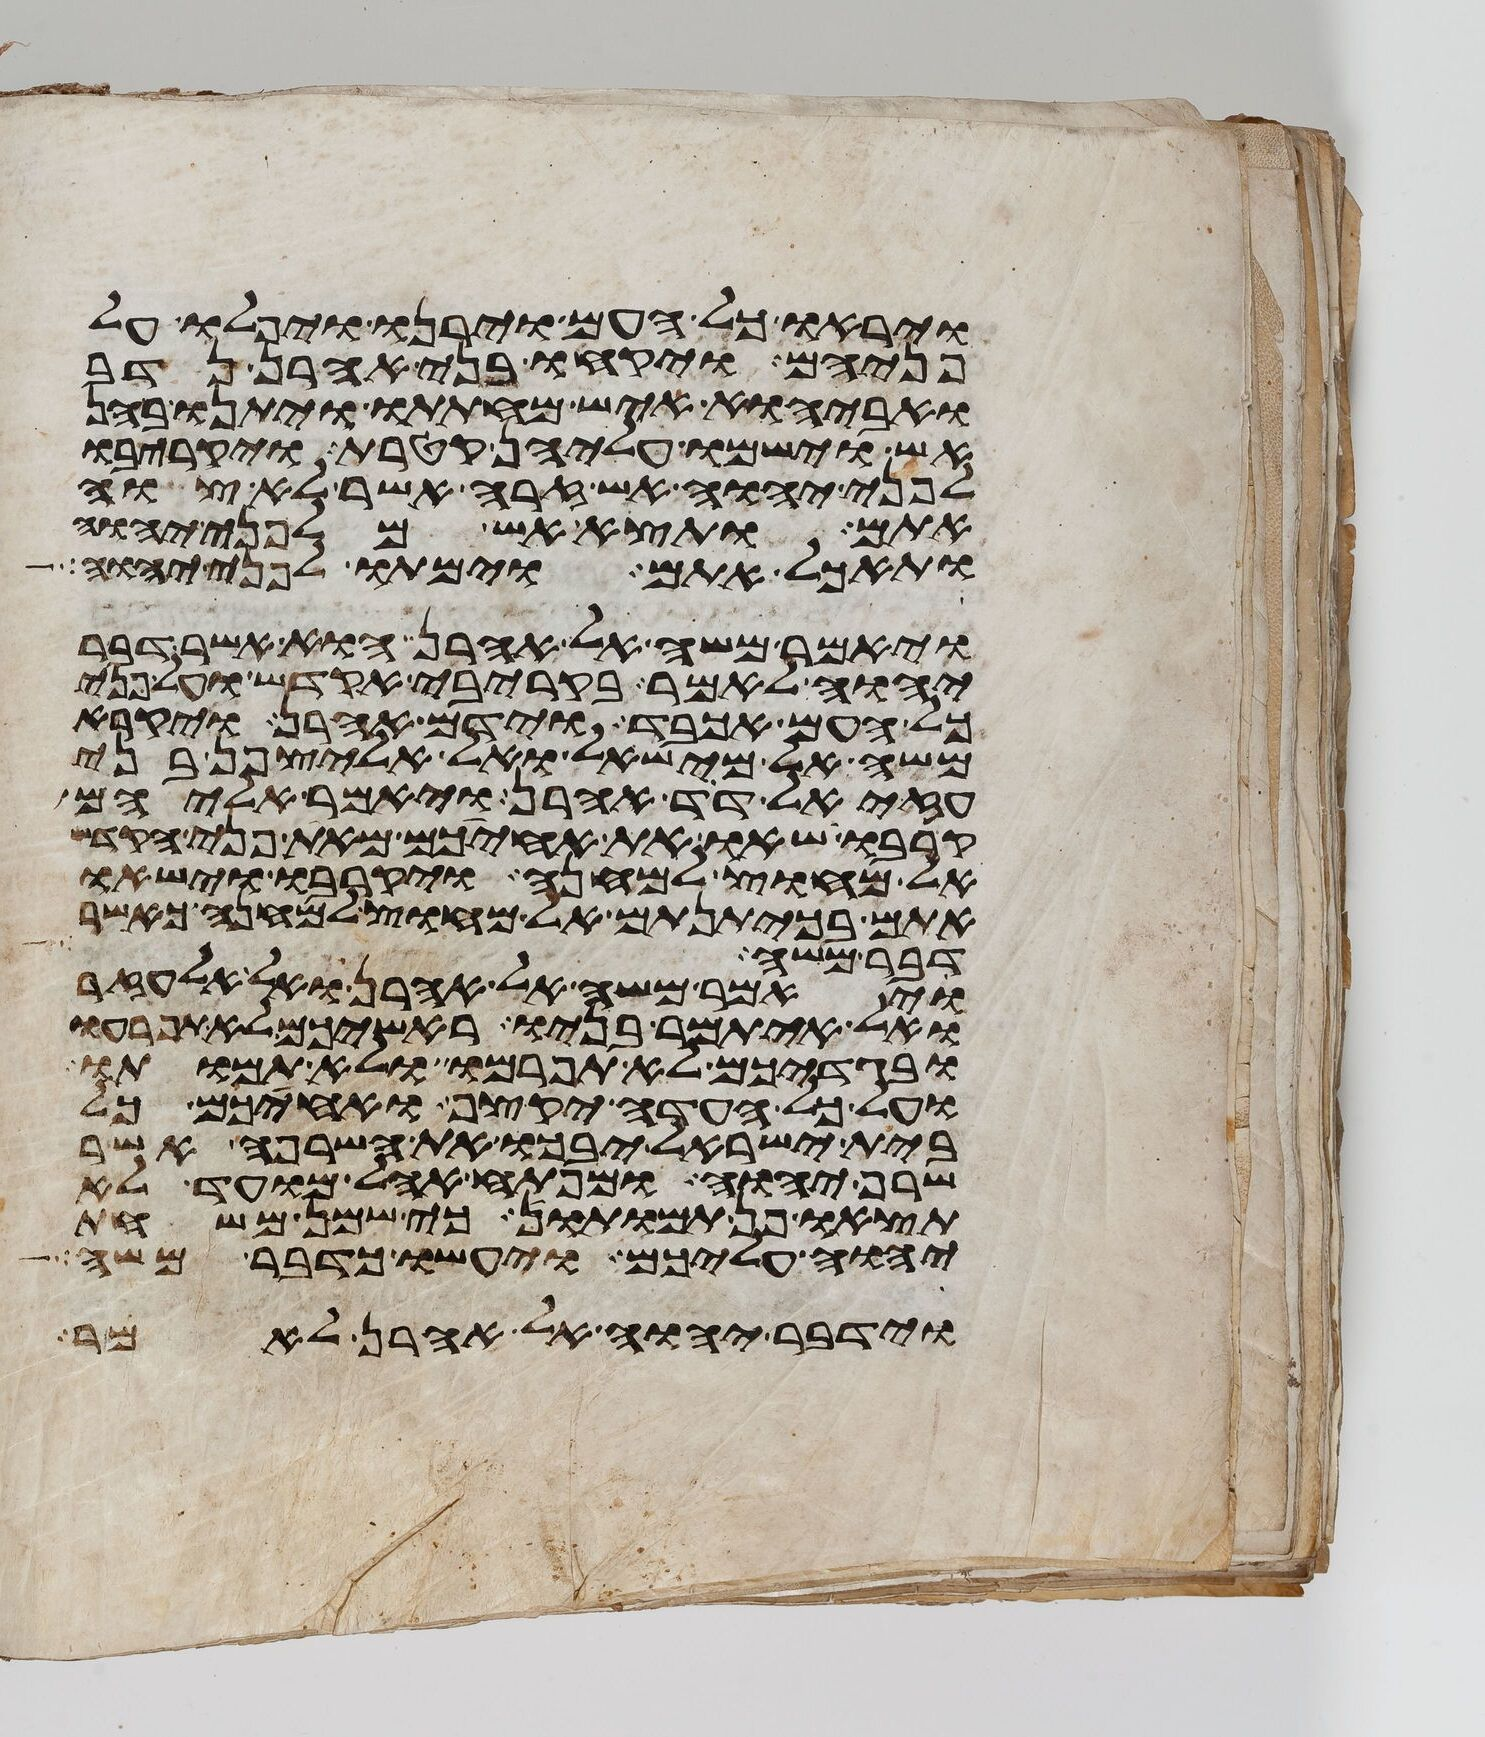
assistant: ויראו כל העם וירנו ויפלו על
פניהם ויקחו בני אהרן נדב
ואביהוא איש מחתתו ויתנו בהן
אש וישמו עליהן קטרת ויקריבו
לפני יהוה אש זרה אשר לא צוה
אתם ותצא אש מלפני יהוה
ותאכל אתם וימתו לפני יהוה
ויאמר משה אל אהרן הוא אשר דבר
יהוה לאמר בקריבי אקדש ועל פני
כל העם אכבד וידם אהרן ויקרא
משה אל מישאל ואל אליצפן בני
עזיאל דד אהרן ויאמר אליהם
קרבו שאו את אחיכם מאת פני הקדש
אל מחוץ למחנה ויקרבו וישאו
אתם בכיתנותם אל מחוץ למחנה כאשר
דבר משה
ויאמר משה אל אהרן ואל אלעזר
ואל איתמר בניו ראשיכם לא תפרעו
ובגדיכם לא תפרמו ולא תמותו
ועל כל העדה יקצף ואחיכם כל
בית ישראל יבכו את השרפה אשר
שרף יהוה ומפתח אהל מועד לא
תצאו פן תמותו כי שמן משחת
יהוה עליכם ויעשו כדבר משה
וידבר יהוה אל אהרן לאמר